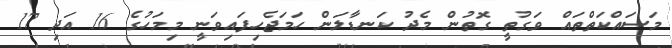
މަސައްކަތްތައް ވަގުތީ ގޮތުން މެދު ކަނޑާލަން ހަމަޖެހިފައިވަނީ މިމަހުގެ 16 އަދި 17